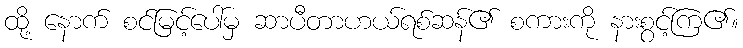
ထို့ နောက် စင်မြင့်ပေါ်မှ ဆာပီတာဟယ်ရစ်ဆန်၏ စကားကို နားစွင့်ကြ၏။